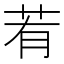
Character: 䒴